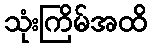
သုံးကြိမ်အထိ